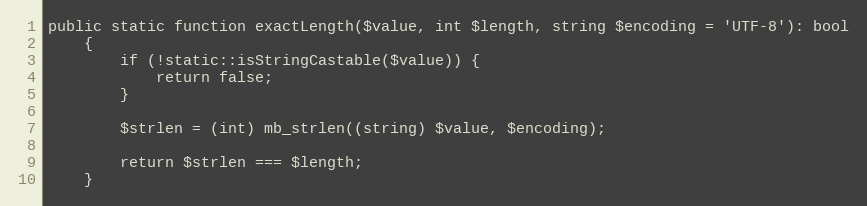
Language: PHP
public static function exactLength($value, int $length, string $encoding = 'UTF-8'): bool
    {
        if (!static::isStringCastable($value)) {
            return false;
        }

        $strlen = (int) mb_strlen((string) $value, $encoding);

        return $strlen === $length;
    }